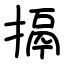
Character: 搹